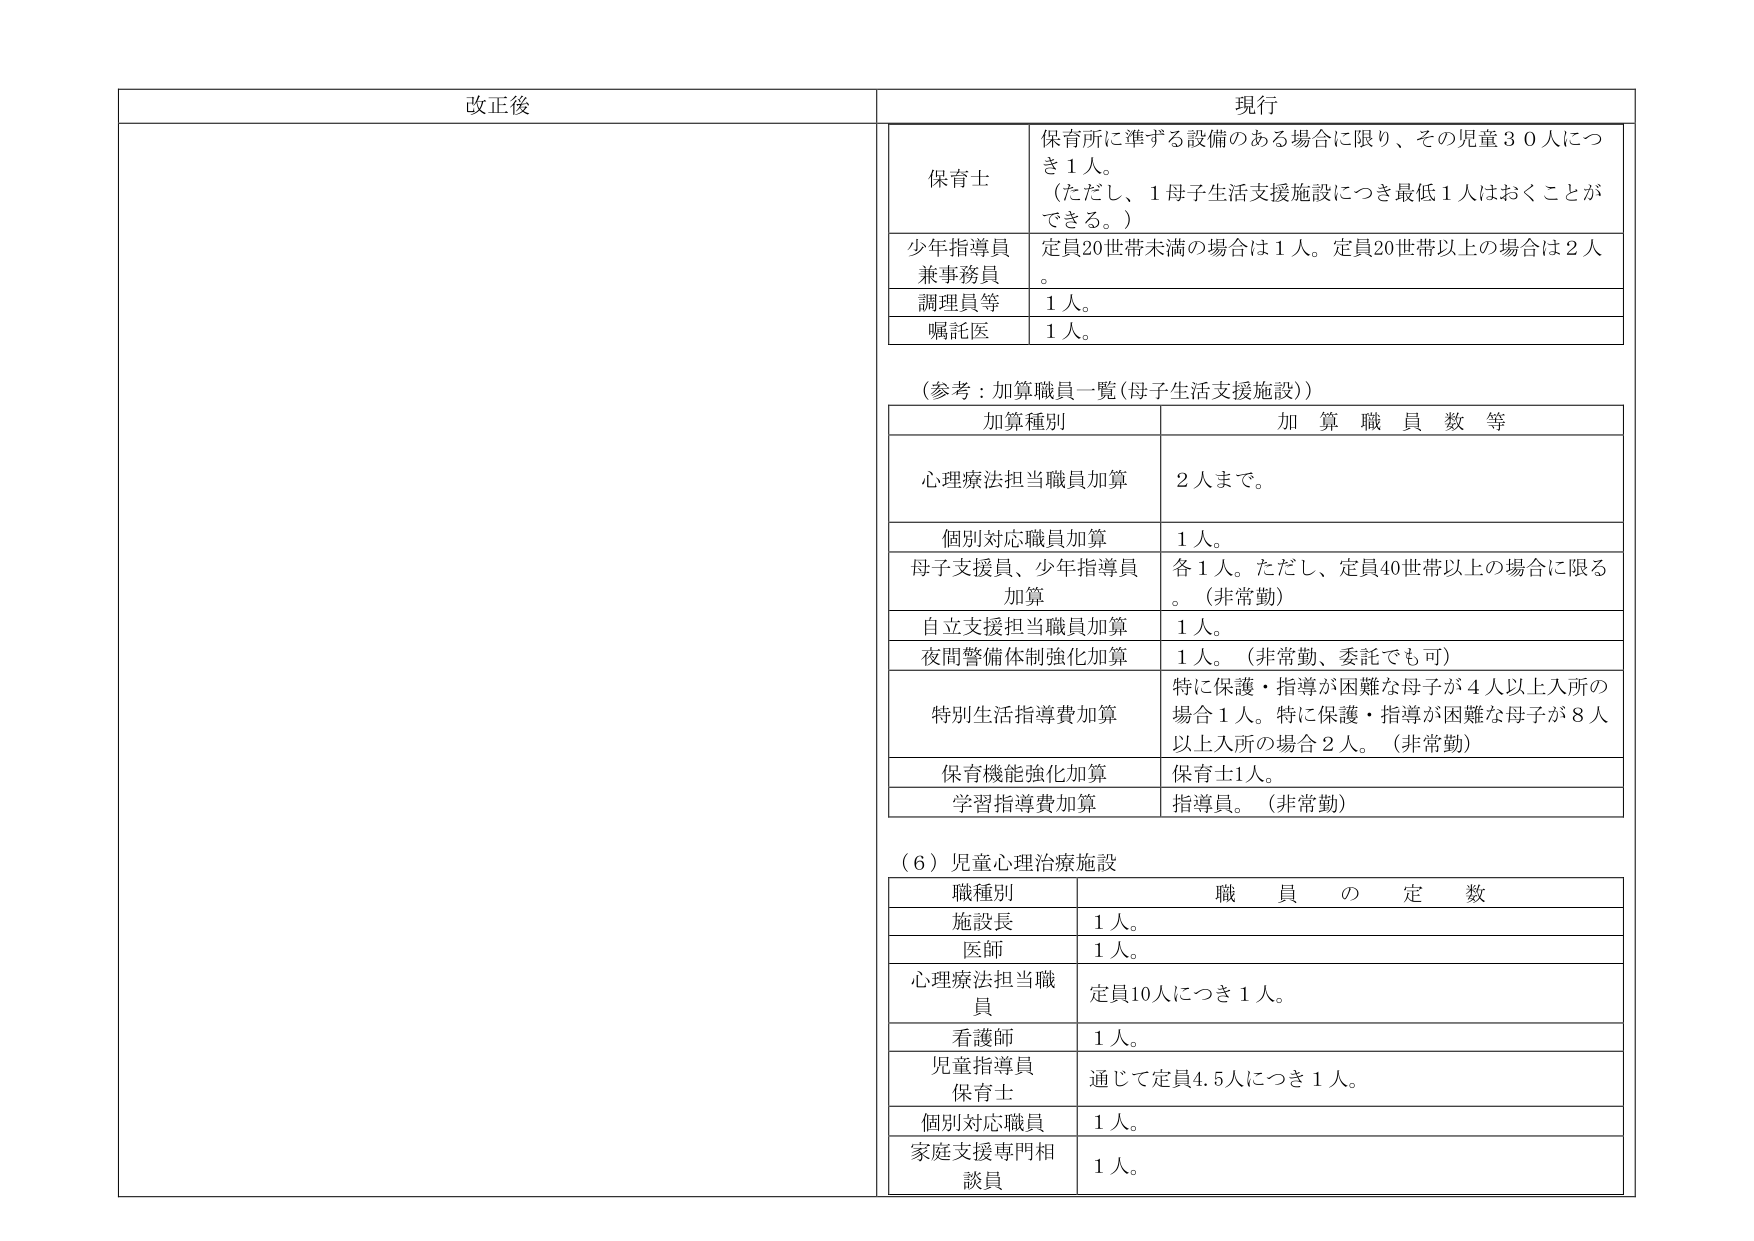
改正後

現行

保育士
保育所に準ずる設備のある場合に限り、その児童３０人につき１人。
（ただし、１母子生活支援施設につき最低１人はおくことができる。）

少年指導員
兼事務員
定員20世帯未満の場合は１人。定員20世帯以上の場合2人。

調理員等
１人。

嘱託医
１人。

（参考：加算職員一覧（母子生活支援施設））

加算種別　　　　　　　　　　　　　加算職員数等

心理療法担当職員加算　　　　　　２人まで。

個別対応職員加算　　　　　　　　１人。

母子支援員、少年指導員
加算　　　　　　　　　　　　　　各１人。ただし、定員40世帯以上の場合に限る。（非常勤）

自立支援担当職員加算　　　　　　１人。

夜間警備体制強化加算　　　　　　１人。（非常勤、委託でも可）

特別生活指導費加算　　　　　　特に保護・指導が困難な母子が４人以上入所の場合１人。特に保護・指導が困難な母子が８人以上入所の場合２人。（非常勤）

保育機能強化加算　　　　　　　　保育士１人。

学習指導費加算　　　　　　　　　指導員。（非常勤）

（６）児童心理治療施設

職種別　　　　　　　　　　　　　職員の定数

施設長　　　　　　　　　　　　　１人。

医師　　　　　　　　　　　　　　１人。

心理療法担当職員　　　　　　　　定員10人につき１人。

看護師　　　　　　　　　　　　　１人。

児童指導員
保育士　　　　　　　　　　　　　通じて定員4.5人につき１人。

個別対応職員　　　　　　　　　　１人。

家庭支援専門相談員　　　　　　　１人。